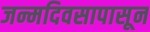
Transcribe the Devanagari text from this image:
जन्मदिवसापासून